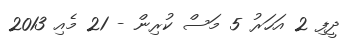
ދީފި 2 އަހަރު 5 މަސް ކުރިން - 21 މެއި 2013